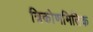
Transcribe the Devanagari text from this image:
त्रिकोणमितिक